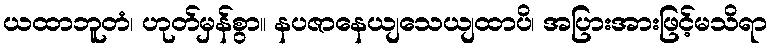
ယထာဘူတံ၊ ဟုတ်မှန်စွာ။ နပဇာနေယျသေယျထာပိ၊ အပြားအားဖြင့်မသိရာ